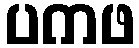
ပကဖ